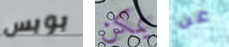
بوبس يمكن عن